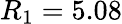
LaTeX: R_{1}=5.08